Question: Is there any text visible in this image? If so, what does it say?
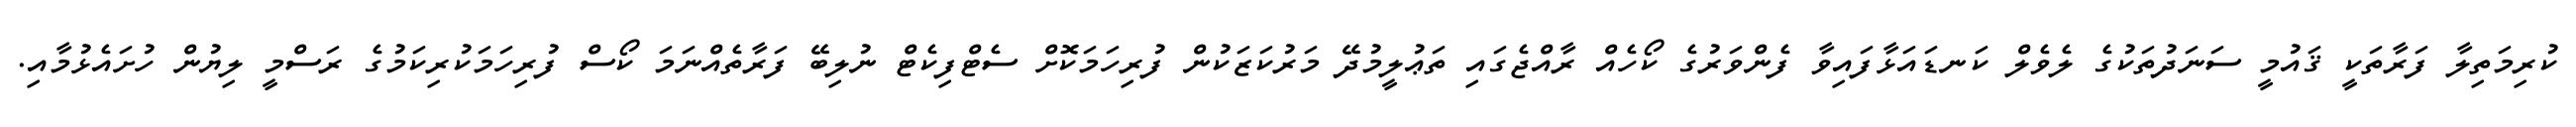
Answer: ކުރިމަތިލާ ފަރާތަކީ ޤައުމީ ސަނަދުތަކުގެ ލެވެލް ކަނޑައަޅާފައިވާ ފެންވަރުގެ ކޯހެއް ރާއްޖެގައި ތަޢުލީމުދޭ މަރުކަޒަކުން ފުރިހަމަކޮށް ސެޓްފިކެޓް ނުލިބޭ ފަރާތެއްނަމަ ކޯސް ފުރިހަމަކުރިކަމުގެ ރަސްމީ ލިޔުން ހުށައެޅުމާއި.